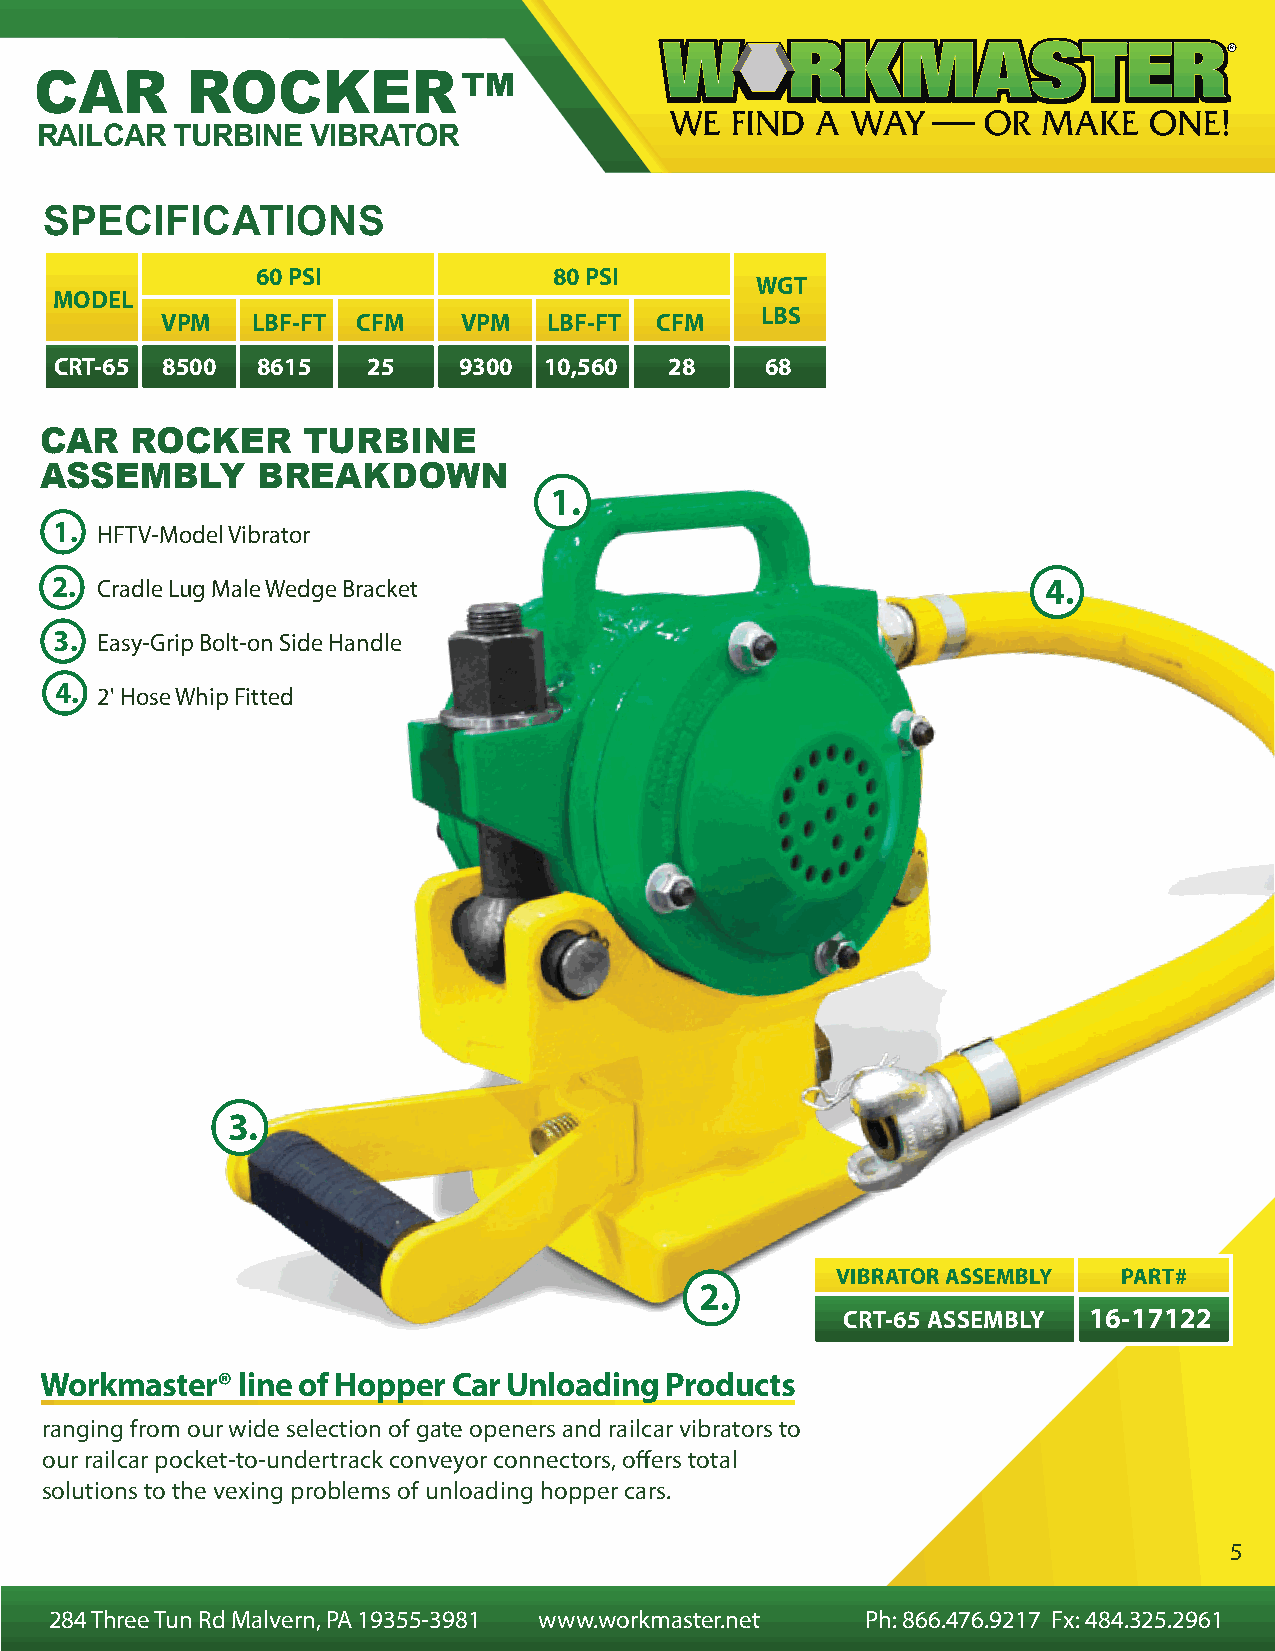
CAR       ROCKER™
 RAILCAR   TURBINE  VIBRATOR
 SPECIFICATIONS
 60 PSI              80 PSI
 WGT
 MODEL
 LBS
 VPM   LBF-FT CFM    VPM  LBF-FT CFM
 CRT-65 8500  8615   25    9300  10,560  28     68
 CAR   ROCKER     TURBINE
 ASSEMBLY      BREAKDOWN
 1.
 1 . HFTV-Model Vibrator
 2 . Cradle Lug Male Wedge Bracket                                 4.
 3 . Easy-Grip Bolt-on Side Handle
 4.
 2' Hose Whip Fitted
 3.
 VIBRATOR ASSEMBLY  PART#
 2.
 CRT-65 ASSEMBLY 16-17122
 Workmaster®  line of Hopper Car Unloading Products
 ranging from our wide selection of gate openers and railcar vibrators to
 our railcar pocket-to-undertrack conveyor connectors, offers total
 solutions to the vexing problems of unloading hopper cars.
 5
 284 Three Tun Rd Malvern, PA 19355-3981 www.workmaster.net Ph: 866.476.9217 Fx: 484.325.2961